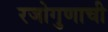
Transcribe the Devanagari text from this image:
रजोगुणाची